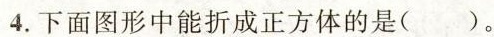
4.下面图形中能折成正方体的是( )。